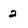
Character: 2